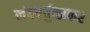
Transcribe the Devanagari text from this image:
लंबवर्तुळाकर